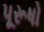
પૂરૂષો